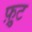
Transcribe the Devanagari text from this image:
फ़्रुट